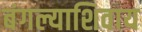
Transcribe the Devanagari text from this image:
बंगल्याशिवाय